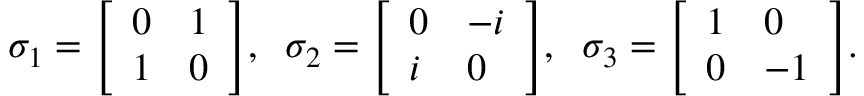
\sigma _ { 1 } = { \left[ \begin{array} { l l } { 0 } & { 1 } \\ { 1 } & { 0 } \end{array} \right] } , \; \; \sigma _ { 2 } = { \left[ \begin{array} { l l } { 0 } & { - i } \\ { i } & { 0 } \end{array} \right] } , \; \; \sigma _ { 3 } = { \left[ \begin{array} { l l } { 1 } & { 0 } \\ { 0 } & { - 1 } \end{array} \right] } .